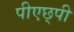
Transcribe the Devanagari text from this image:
पीएछ्पी